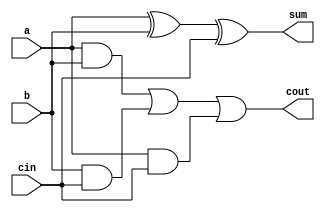
///////////////////////////////////////////
/// Design  : Full Adder
/// College	: Anna University, MIT campus
///////////////////////////////////////////

module Fulladder(a,b,cin,sum,cout);
input a,b,cin;
output sum,cout;
wire c1,c2,c3;
xor x1(sum,a,b,cin);
and a1(c1,a,b);
and a2(c2,b,cin);
and a3(c3,a,cin);
or o1(cout,c1,c2,c3);
endmodule